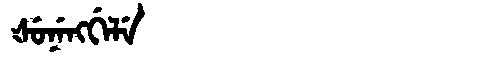
Manchu: ᡧᡠᠨᡝᠩᡤᡝᠯᡝ
Romanization: ŠUNENGGELE